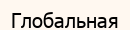
Глобальная